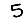
Digit: 5